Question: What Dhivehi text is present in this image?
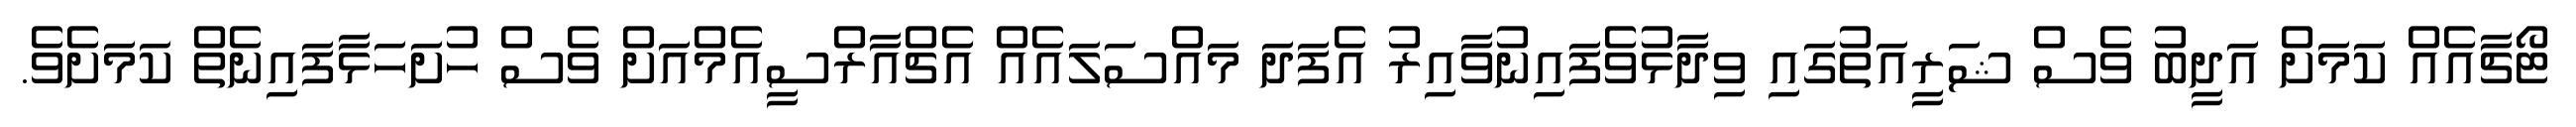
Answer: ޓޯޗާއެއް ކަމަށް އަދީބު ވެސް ޝަރީއަތުގައި ވިދާޅުވެފައިނުވާއިރު އެފަދަ މައްސަލައެއް އެޗްއާރްސީއެމްއަށް ވެސް ހުށަހަޅާފައިނެތް ކަމަށެވެ.